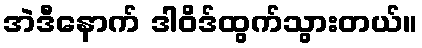
အဲဒီနောက် ဒါဝိဒ်ထွက်သွားတယ်။